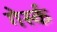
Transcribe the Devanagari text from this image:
गेर्स्क